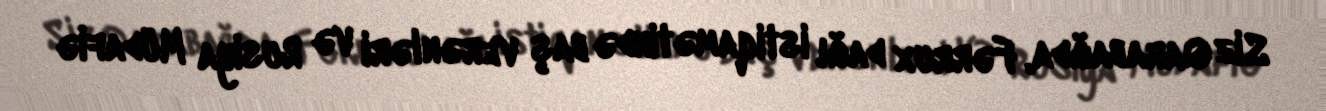
Siz Qarabağda, Fərrux dağı istiqamətində baş verənləri və Rusiya Müdafiə